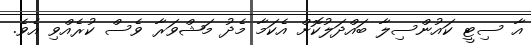
އާ ސިޓީ ކައުންސިލާ ބައްދަލުކޮށް އެކަމާ މެދު މަޝްވަރާ ވެސް ކުރެއްވި އެވެ.